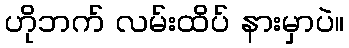
ဟိုဘက် လမ်းထိပ် နားမှာပဲ။